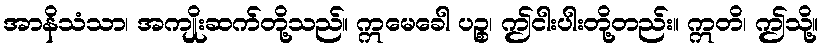
အာနိသံသာ၊ အကျိုးဆက်တို့သည်။ ဣမေခေါ ပဉ္စ၊ ဤငါးပါးတို့တည်း။ ဣတိ၊ ဤသို့။